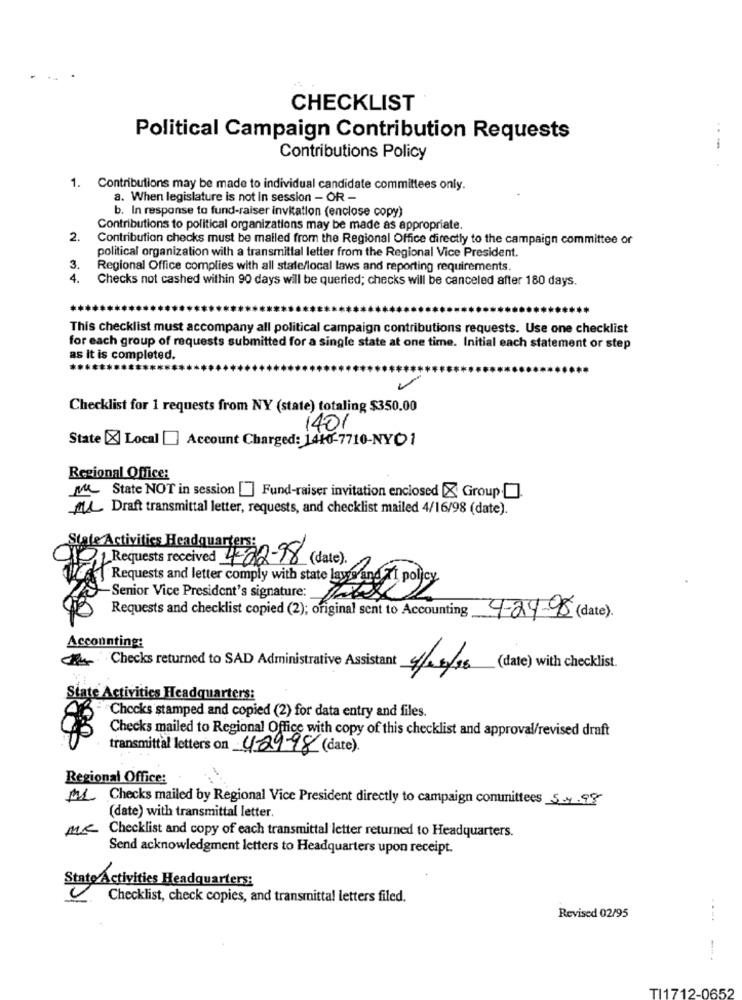
CHECKLIST
Political Campaign Contribution Requests
---
Contributions Policy
1. Contributions may be made to individual candidate committees only.
a. When legislature is not in session - OR -
b. In response to fund-raiser invitation (enclose copy)
Contributions to political organizations may be made as appropriate.
2.
Contribution checks must be mailed from the Regional Office directly to the campaign committee or
political organization with a transmittal letter from the Regional Vice President.
3.
Regional Office complies with all state/local laws and reporting requirements.
4.
Checks not cashed within 90 days will be queried; checks will be canceled after 180 days.
This checklist must accompany all political campaign contributions requests. Use one checklist
for each group of requests submitted for a single state at one time. Initial each statement or step
as it is completed.
Checklist for 1 requests from NY (state) totaling $350.00
1401
State [X Local [ Account Charged: 1410-7710-NYC1
Regional Office:
Mn State NOT in session] Fund-raiser invitation enclosed Group
ML Draft transmittal letter, requests, and checklist mailed 4/16/98 (date).
State Activities Headquarters:
21 Requests received 4-02-98 (date).
Requests and letter comply with state laws and XI policy
Senior Vice President's signature:
Requests and checklist copied (2); original sent to Accounting
4-24-98 (date).
Accounting:
A Checks returned to SAD Administrative Assistant
4/05/16 (date) with checklist.
State Activities Headquarters:
Checks stamped and copied (2) for data entry and files.
Checks mailed to Regional Office with copy of this checklist and approval/revised draft
transmittal letters on 42998 (date).
Regional Office:
ML Checks mailed by Regional Vice President directly to campaign committees 5.4.99
(date) with transmittal letter
MC Checklist and copy of each transmittal letter returned to Headquarters.
Send acknowledgment letters to Headquarters upon receipt.
Stato Activities Headquarters:
Checklist, check copies, and transmittal letters filed.
Revised 02/95
TI1712-0652